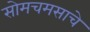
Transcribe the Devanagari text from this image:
सोमचमसाचे